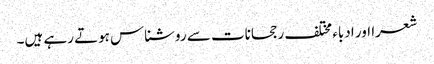
شعرا اور ادباء مختلف رجحانات سے روشناس ہوتے رہے ہیں۔